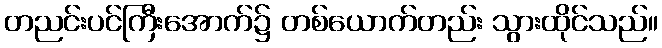
တညင်းပင်ကြီးအောက်၌ တစ်ယောက်တည်း သွားထိုင်သည်။